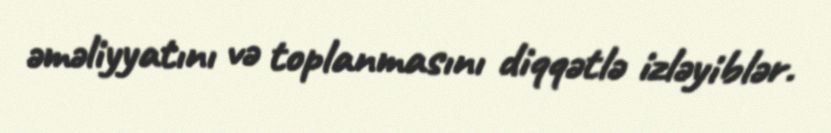
əməliyyatını və toplanmasını diqqətlə izləyiblər.